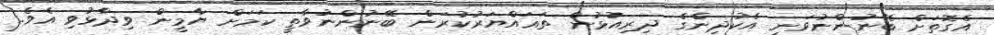
އެގޮތަށް ބޭނުންނުވަނީ އެކުދިންގެ ދިރިއުޅުން ތަޣައްޔަރުކުރަން ބޭނުންނުވާތީ ކަމަށް ޔާމީން ވިދާޅުވި އެވެ.